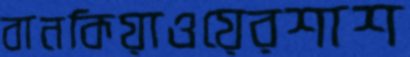
বানকিয়াওয়েরশাশ